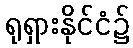
ရုရှားနိုင်ငံ၌